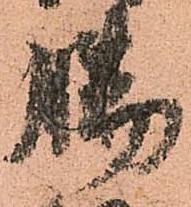
腸